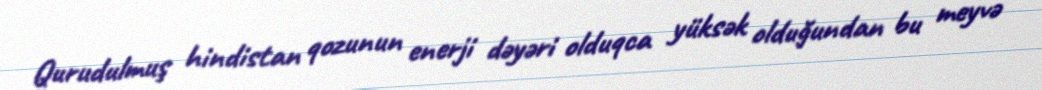
Qurudulmuş hindistan qozunun enerji dəyəri olduqca yüksək olduğundan bu meyvə